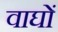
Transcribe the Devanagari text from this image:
वाघों